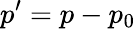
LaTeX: p^{\prime}=p-p_{0}